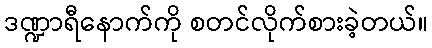
ဒဏ္ဍာရီနောက်ကို စတင်လိုက်စားခဲ့တယ်။